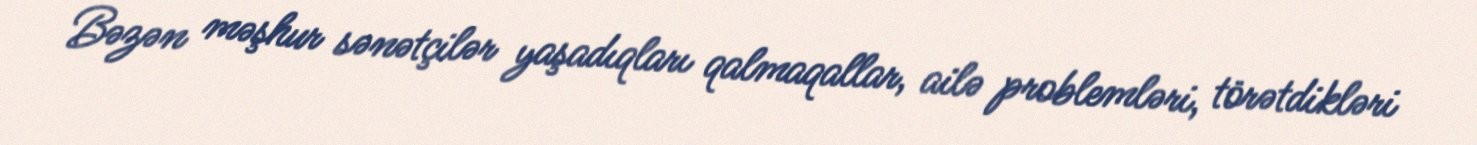
Bəzən məşhur sənətçilər yaşadıqları qalmaqallar, ailə problemləri, törətdikləri